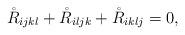
LaTeX: \begin{align*}\mathring{R}_{ijkl}+\mathring{R}_{iljk}+\mathring{R}_{iklj}=0,\end{align*}